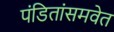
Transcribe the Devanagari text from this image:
पंडितांसमवेत